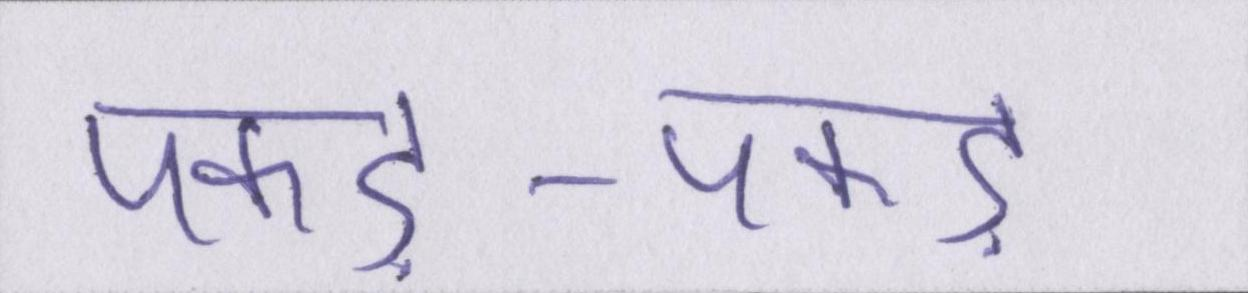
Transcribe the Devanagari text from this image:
पकड़-पकड़